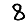
Digit: 8